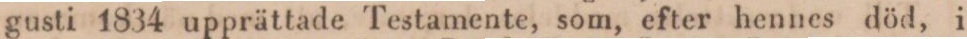
gusti 1834 upprättade Testamente, som, efter hennes död, i